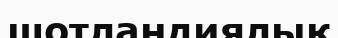
шотландиялық